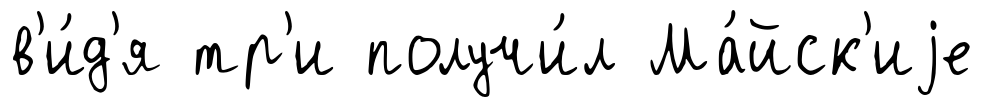
в'и́д'я тр'и получи́л Ма́йск'иjе